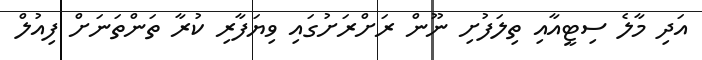
އަދި މާލެ ސިޓީއާއި ތިލަފުށި ނޫން ރަށްރަށުގައި ވިޔަފާރި ކުރާ ތަންތަނަށް ފިއުލް